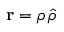
\mathbf { r } = \rho \, \boldsymbol { \hat { \rho } }